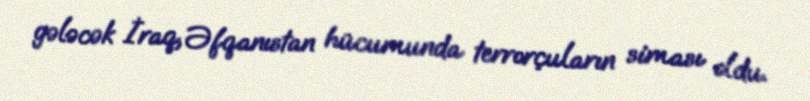
gələcək İraq, Əfqanıstan hücumunda terrorçuların siması oldu.